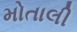
મોતાલી